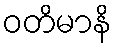
ဝတိမာနိ